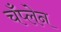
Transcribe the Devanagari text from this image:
चँप्लेन